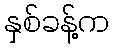
နှစ်ခန့်က